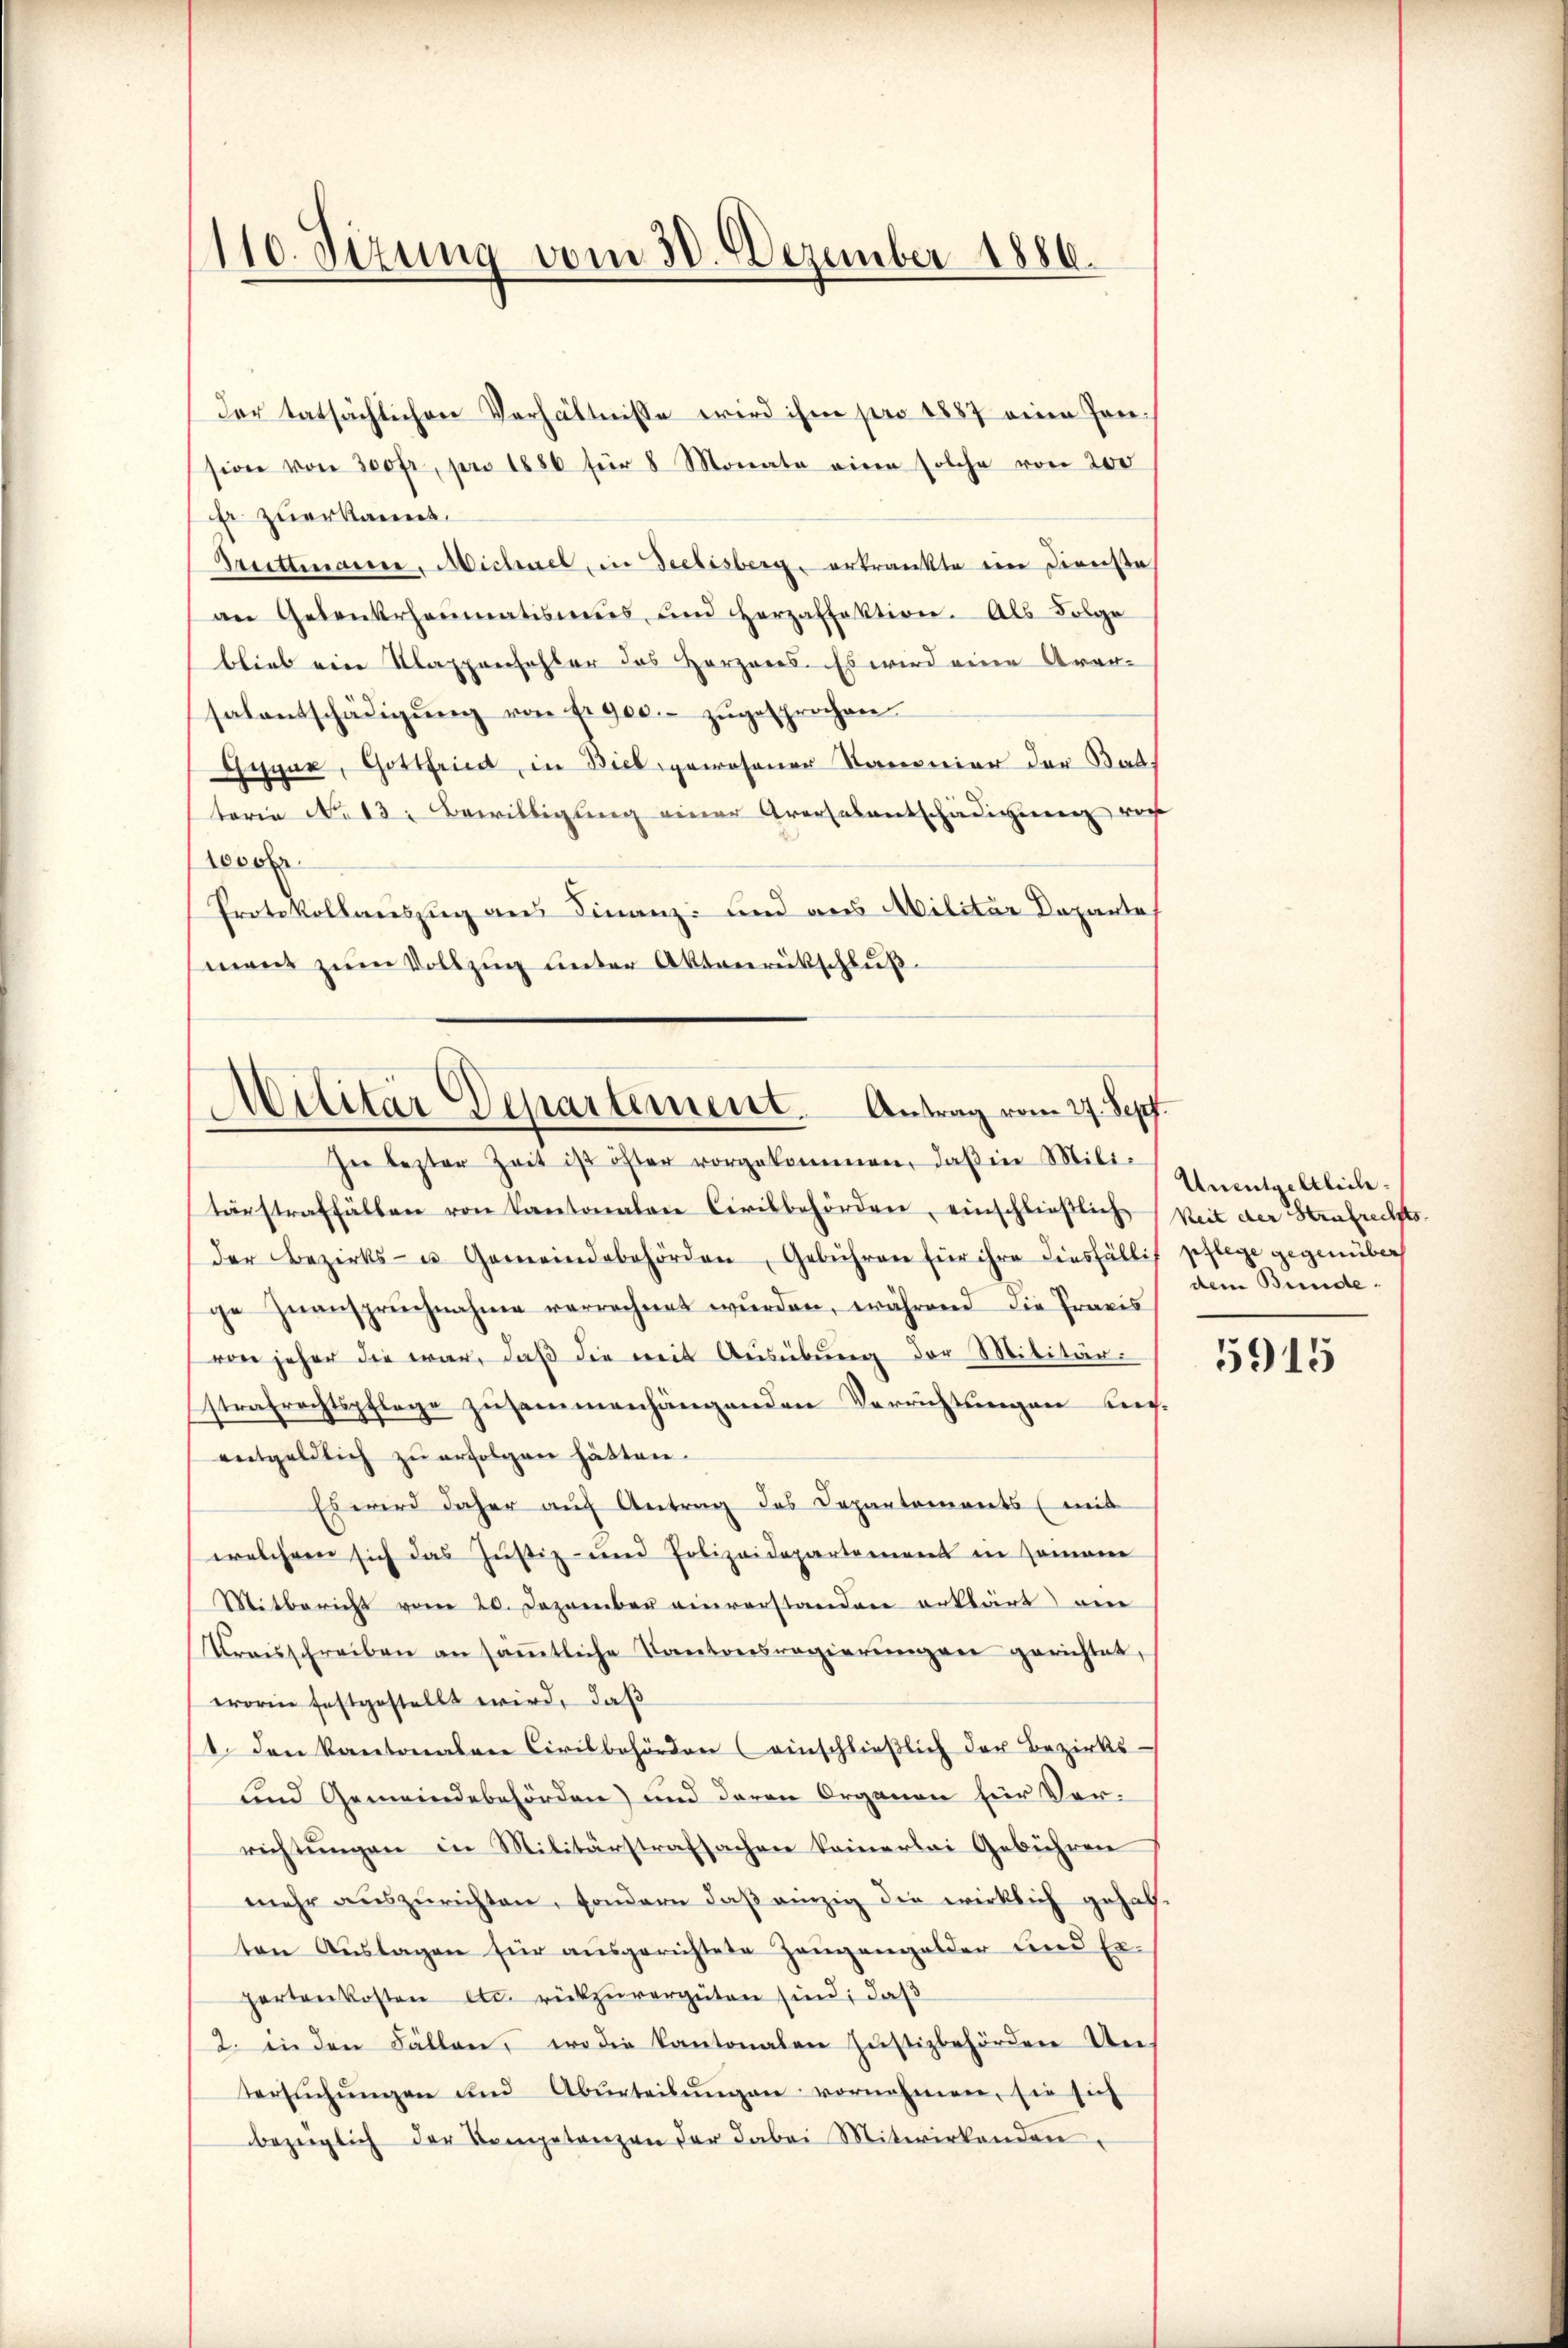
110. Sizung vom 30. Dezember 1886.

der tatsächlichen Verhältnisse wird ihm pro 1887 eine sonsion von 300 fr, pro 1886 für 8 Monate eine solche von 200
Er zuerkannt.
Bruttmanne. Michael, in Seelisberg erkrankte ein Dienste
an Gelenksrheumatismus, und Herzaffektion. Als Folge
blieb ein Klappenfehler des Herzens. Es wird eine Arer-
salentschädigŭng von fr. 900.- zŭgesprochen.
Gegne, Gottfried in Biel gewesener Kanonier der Bat
terie No 13. Bewilligung einer Aversalentschädigung ver
1000fr.
Protokollauszug aus Finanz- und aus Militär Departe
mant zŭm Vollzŭg ŭnter Aktenrütschlŭβ

Militär Departement. Antrag vom 27. Sept.

In bester Zeit ist öster vorgekommen, daβ in Mili-
terstraffällen von Kantonalen Civilbehörden, einschließlichkeit der Strafrechts
der Bezirks- u. Gemeindebehörden, Gebühren für ihre diesfällif pflege gegenüber
ge Zŭansprŭchnahme verrechnet wŭrden, während die Praxis
von jeher die war, daß die mit Ausübung der Militär-
strafrechtspflege zusammenhängenden Verrichtungen unentgeldlich zu erfolgen hätten.
Es wird daher auf Antrag des Departements (mit
welchem sich das Justiz- und Polizeidepartement in seinan
Mitbericht vom 20. Dezember einverstanden erklärt am
Kreisschreiben an säṁtliche Kantonsregierŭngen gerichtet,
worin festgestellt wird, daß
1. den Kantonalen Civilbehörden (einschlieβlich der Bezirks-
und Gemeindebehörden) und deren Organen für Verrichtŭngen in Militärstrafsachen keinerlei Gebühren
mehr aŭszŭrichten, sondern daβ einzig die wirklich gehal-
ten Aŭslagen für ausgerichtete Zeŭgengalder und Er-
partenkosten etc. rückzuvergüten sind, daß
2. in den Fällen, wo die Kantonalen Justizbehörden Untersŭchŭngen und Abŭrteilŭngen vornehmen, sie sich
bezüglich der Kompetenzen der dabei Mitwirkenden,

Unentgeltlich
dem Bunde¬

5915